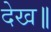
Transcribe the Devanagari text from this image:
देख॥